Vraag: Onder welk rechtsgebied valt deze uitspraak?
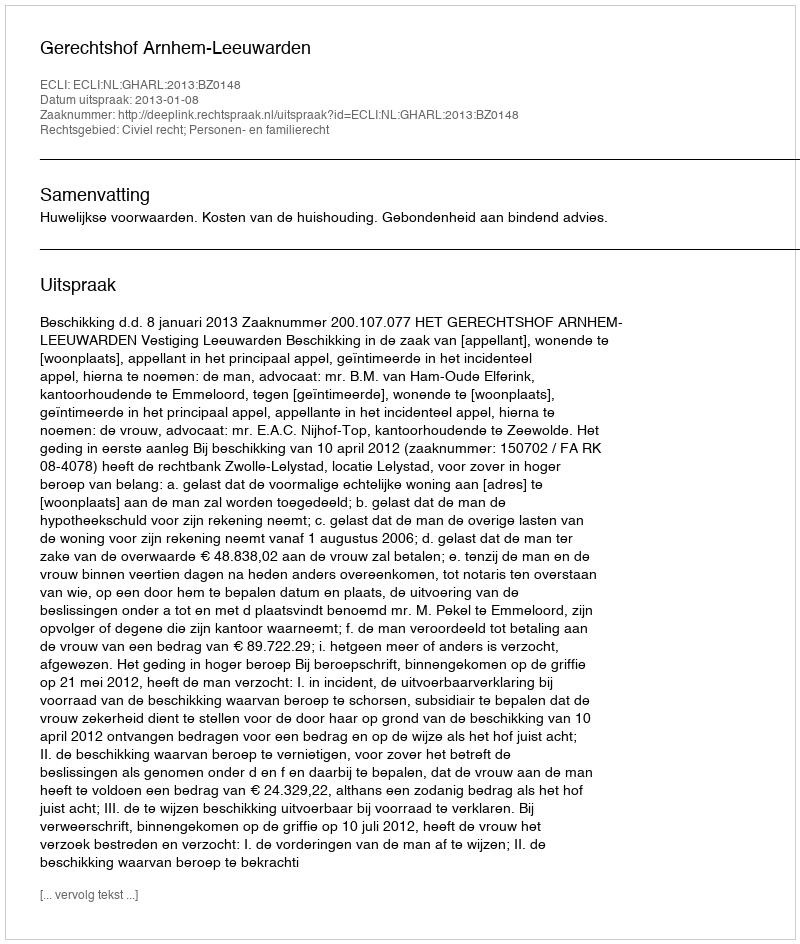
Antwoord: Civiel recht; Personen- en familierecht